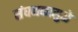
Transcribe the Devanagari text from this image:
संघनकामुळे